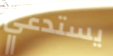
يستدعي